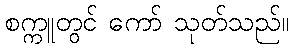
စက္ကူတွင် ကော် သုတ်သည်။